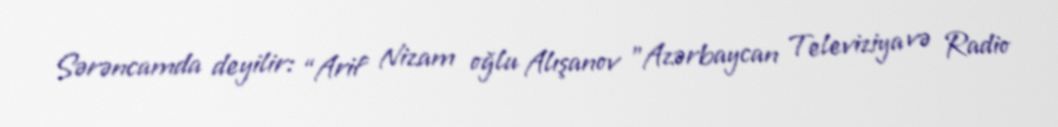
Sərəncamda deyilir: “Arif Nizam oğlu Alışanov ”Azərbaycan Televiziya və Radio